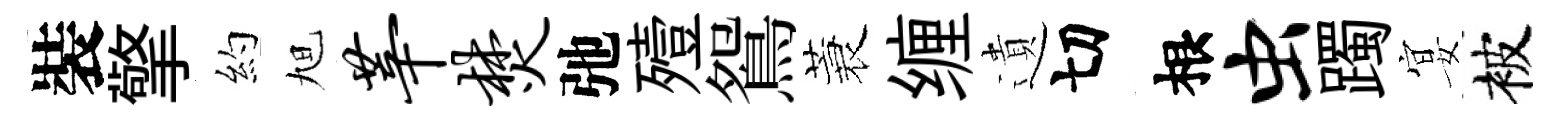
裝擎約旭莘焚弛殪鴛蓑缠遺切根虫躅宴被